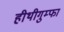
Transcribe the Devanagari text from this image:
हीथीगुम्फा